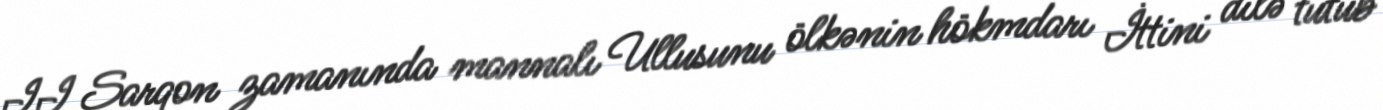
II Sarqon zamanında mannalı Ullusunu ölkənin hökmdarı İttini dilə tutub